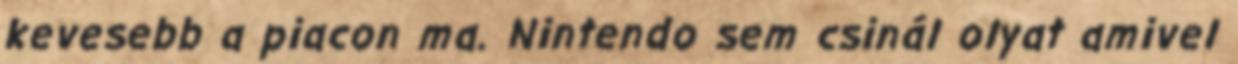
kevesebb a piacon ma. Nintendo sem csinál olyat amivel